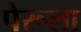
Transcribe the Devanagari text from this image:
पेरूला